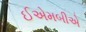
ઈએમબીએ